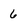
Character: 6